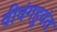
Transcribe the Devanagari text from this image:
वीवंगहुवंत